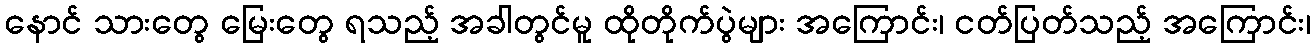
နောင် သားတွေ မြေးတွေ ရသည့် အခါတွင်မူ ထိုတိုက်ပွဲများ အကြောင်း၊ ငတ်ပြတ်သည့် အကြောင်း၊